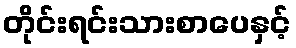
တိုင်းရင်းသားစာပေနှင့်